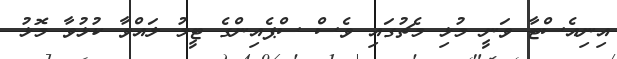
އިނިއެސްޓާ ވަނީ މުޅި މެޗުގައި ވެސް ސްޕެއިންގެ ޓީމު ލައްވާ ކުޅުވާ މޮޅު